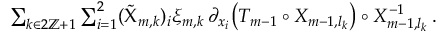
\begin{array} { r } { \sum _ { k \in 2 \ensuremath { \mathbb { Z } } + 1 } \sum _ { i = 1 } ^ { 2 } ( \tilde { \Chi } _ { m , k } ) _ { i } \xi _ { m , k } \, \partial _ { x _ { i } } \mathopen { } \mathclose \bgroup \left( T _ { m - 1 } \circ X _ { m - 1 , l _ { k } } \aftergroup \egroup \right) \circ X _ { m - 1 , l _ { k } } ^ { - 1 } \, . } \end{array}